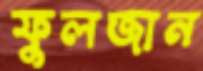
ফুলজান